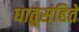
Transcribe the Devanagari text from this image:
धातुसंहिते